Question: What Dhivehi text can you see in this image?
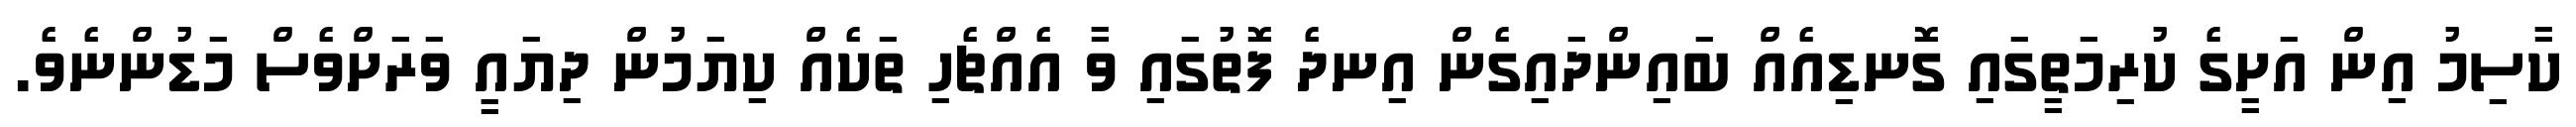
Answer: ކާސިމު އިން އަށީގެ ކުރިމަތީގައި ގޮނޑިއެއް ބައިންދައިގެން އިނދެ ފޮތުގައި ވާ އެއްޗެހި ތަކެއް ކިޔަމުން ދިޔައީ ވަރަށްވެސް މަޑުންނެވެ.